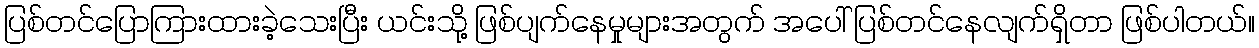
ပြစ်တင်ပြောကြားထားခဲ့သေးပြီး ယင်းသို့ ဖြစ်ပျက်နေမှုများအတွက် အပေါ် ပြစ်တင်နေလျက်ရှိတာ ဖြစ်ပါတယ်။